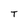
Character: T